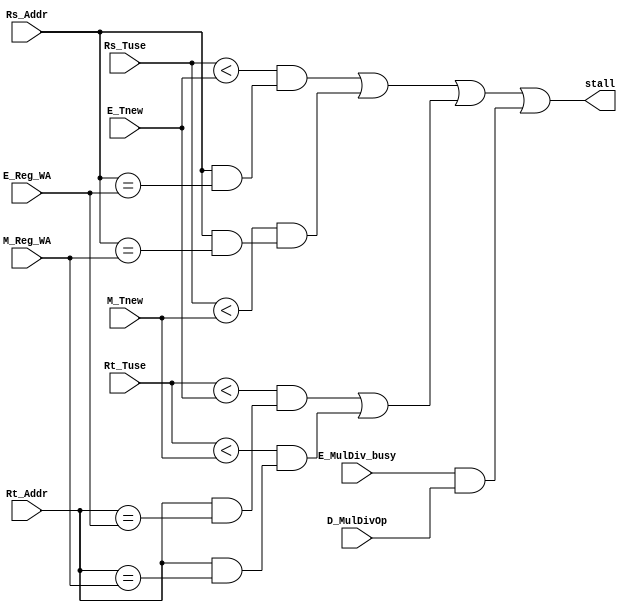
module HD (
    input wire [1:0] Rs_Tuse,
    input wire [4:0] Rs_Addr,
    input wire [1:0] Rt_Tuse,
    input wire [4:0] Rt_Addr,
    input wire [3:0] D_MulDivOp,
    input wire [1:0] E_Tnew,
    input wire [4:0] E_Reg_WA,
    input wire E_MulDiv_busy,
    input wire [1:0] M_Tnew,
    input wire [4:0] M_Reg_WA,
    output wire stall
);
    /*
        Hazard Detection Unit
    */
    
    wire stall_rs, stall_rt;
    wire stall_rs_e, stall_rs_m;
    wire stall_rt_e, stall_rt_m;
    wire stall_HILO;

    assign stall_rs_e = (Rs_Tuse < E_Tnew) && (Rs_Addr && (Rs_Addr == E_Reg_WA));
    assign stall_rs_m = (Rs_Tuse < M_Tnew) && (Rs_Addr && (Rs_Addr == M_Reg_WA));
    assign stall_rt_e = (Rt_Tuse < E_Tnew) && (Rt_Addr && (Rt_Addr == E_Reg_WA));
    assign stall_rt_m = (Rt_Tuse < M_Tnew) && (Rt_Addr && (Rt_Addr == M_Reg_WA));

    assign stall_rs = stall_rs_e || stall_rs_m;
    assign stall_rt = stall_rt_e || stall_rt_m;

    assign stall_HILO = E_MulDiv_busy && D_MulDivOp;

    assign stall = stall_rs || stall_rt || stall_HILO;
endmodule